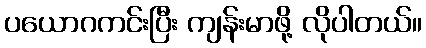
ပယောဂကင်းပြီး ကျန်းမာဖို့ လိုပါတယ်။